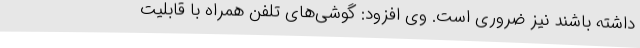
داشته باشند نیز ضروری است. وی افزود: گوشی‌های تلفن همراه با قابلیت